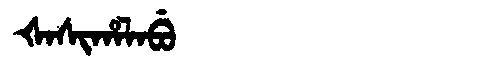
Manchu: ᡧᠠᠰᡳᡥᠠᠯᠠᠪᡠ
Romanization: ŠASIHALABU